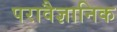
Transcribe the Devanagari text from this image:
परावैज्ञानिक